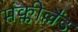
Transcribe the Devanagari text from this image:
मंक्लील्लैंड